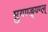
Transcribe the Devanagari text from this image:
म्रुगण्ङ्ण्ग्ल्